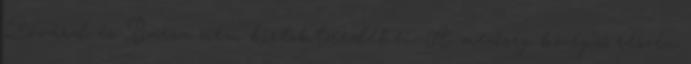
Zóvárd és Barsa nem birtoktöredékei. A mezőség középső részén